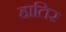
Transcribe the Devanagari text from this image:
हातिर